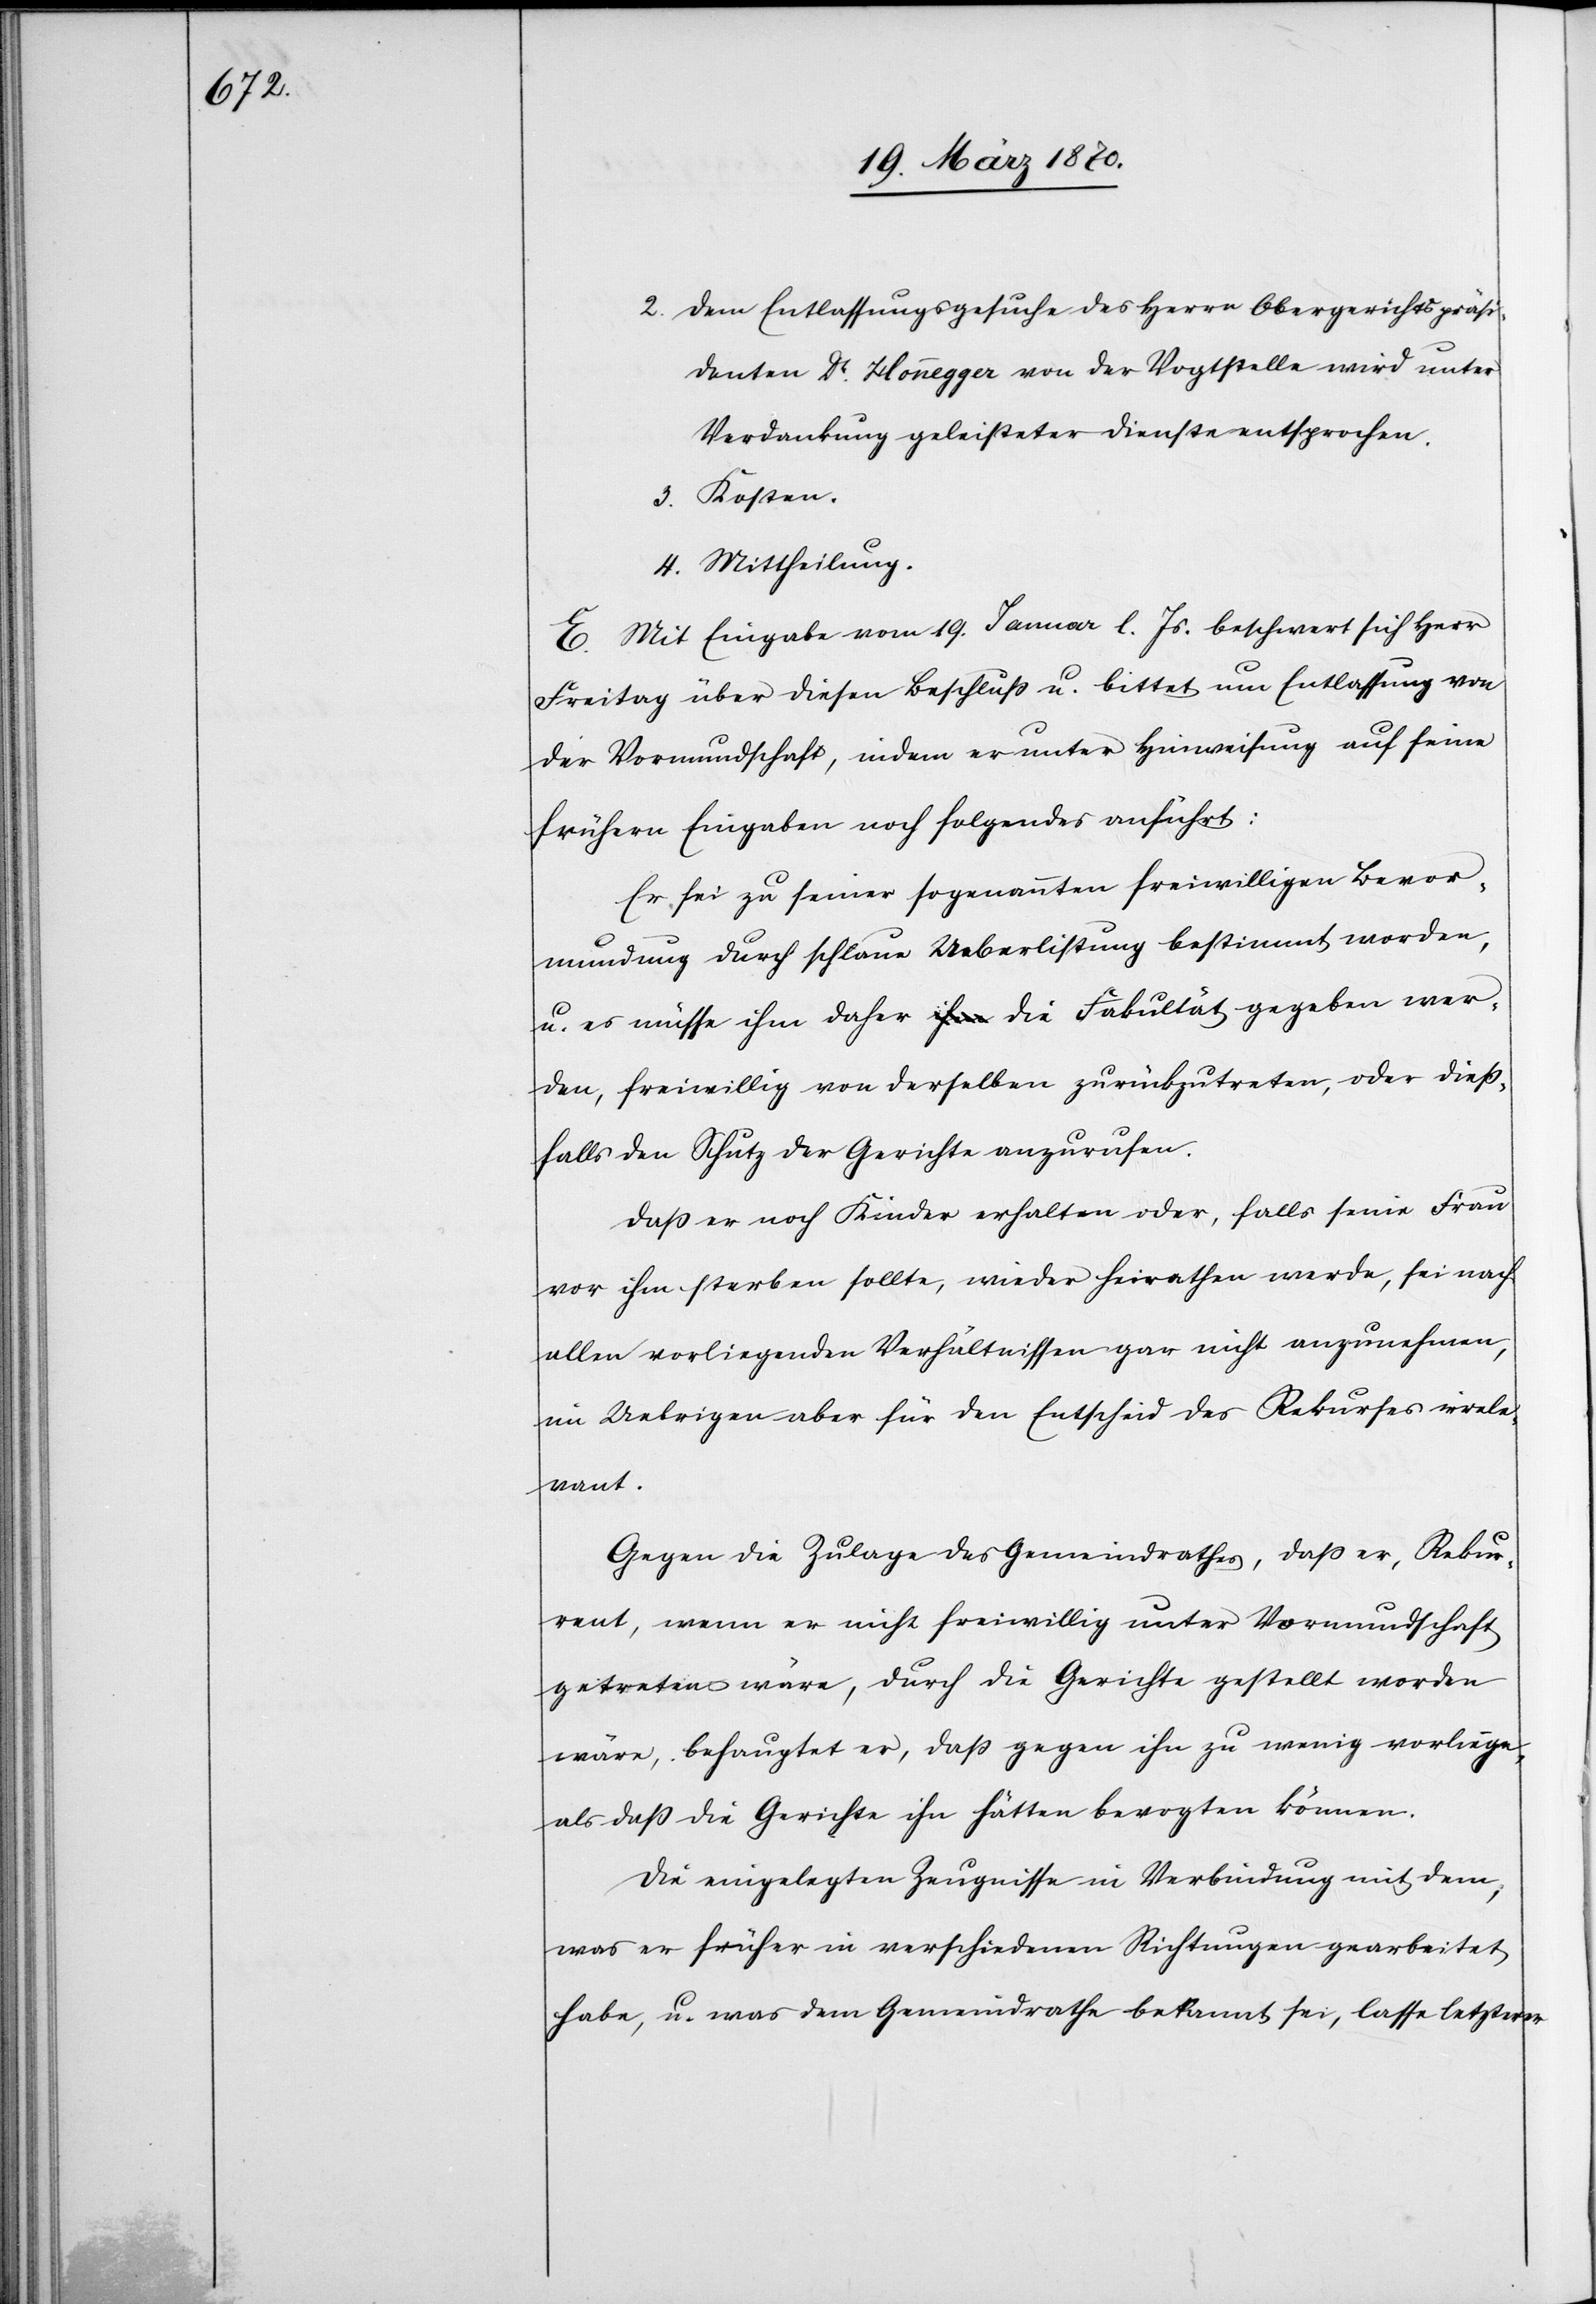
2. Dem Entlassungsgesuche des Herrn Obergerichtspräsi¬
denten Dr. Honnegger von der Vogtstelle wird unter
Verdankung geleisteter Dienste entsprochen.
3. Kosten.
4. Mittheilung.
E. Mit Eingabe vom 19. Januar l. Js. beschwert sich Herr
Freitag über diesen Beschluß u. bittet um Entlassung von
der Vormundschaft, indem er unter Hinweisung auf seine
frühere Eingaben noch folgendes anführt:
Er sei zu seiner sogenannten freiwilligen Bevor¬
mundung durch schlaue Ueberlistung bestimmt worden,
u. es müsse ihm daher die Fakultät gegeben wer¬
den, freiwillig von derselben zurückzutreten, oder dieß¬
falls den Schutz der Gerichte anzurufen.
Daß er noch Kinder erhalten oder, falls seine Frau
vor ihm sterben sollte, wieder heirathen werde, sei nach
allen vorliegenden Verhältnissen gar nicht anzunehmen,
im Uebrigen für den Entscheid des Rekurses irrele¬
vant.
Gegen die Zulage des Gemeindrathes, daß er, Rekur¬
rent, wenn er nicht freiwillig unter Vormundschaft
getreten wäre, durch die Gerichte gestellt worden
wäre, behauptet er, daß gegen ihn zu wenig vorliege,
als daß die Gerichte ihn hätten bevogten können.
Die eingelegten Zeugnisse in Verbindung mit dem,
was er früher in verschiedenen Richtungen gearbeitet
habe, u. was dem Gemeindrathe bekannt sei, lasse letzterer